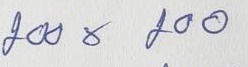
200 x 200